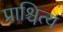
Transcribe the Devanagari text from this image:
प्राश्चित्य